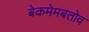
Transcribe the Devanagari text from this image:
बेकमेमबतोव